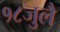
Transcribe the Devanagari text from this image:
१८जुलै